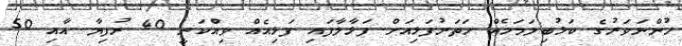
ހުންނަވަރުގެ ކަޅުބިލަމަހެއް ހަތަރުފަޅިއަށް ފަޅާލާފައި ފަޅިއެއް ވިއްކަނީ 40 ރުފިޔާ އާއި 50